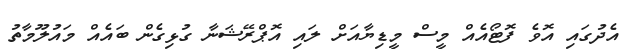
އެދުގައި އޮވެ ފޮޓޯއެއް މީސް މީޑިޔާއަށް ލައި އޮޕްރޭޝަނާ ގުޅިގެން ބައެއް މައުލޫމާތު